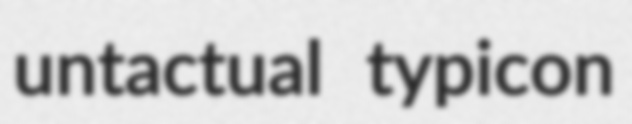
untactual typicon